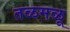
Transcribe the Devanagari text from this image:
तळमळू